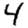
Digit: 4